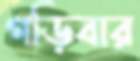
গড়িবার